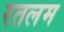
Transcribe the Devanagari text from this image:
रतलम